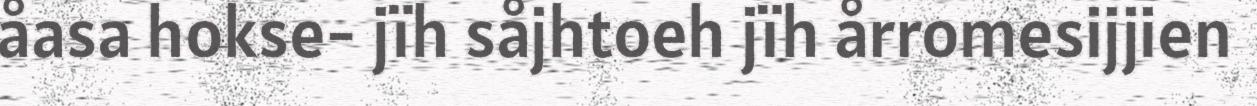
åasa hokse- jïh såjhtoeh jïh årromesijjien